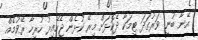
އޭނާ ބުނީ ވަރުގަދަ ޓީމަކާ ދެކޮޅަށް މިރޭ ކުޅެން ޖެހޭއިރު ހުރިހާ ރޭވުމެއް